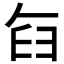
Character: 𮍥